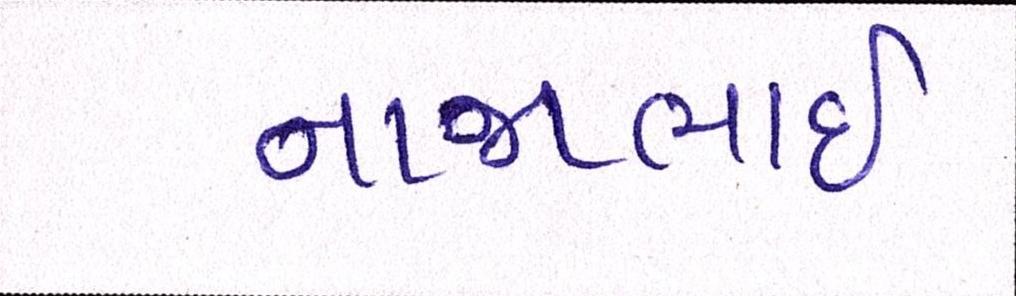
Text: નાજાભાઇ